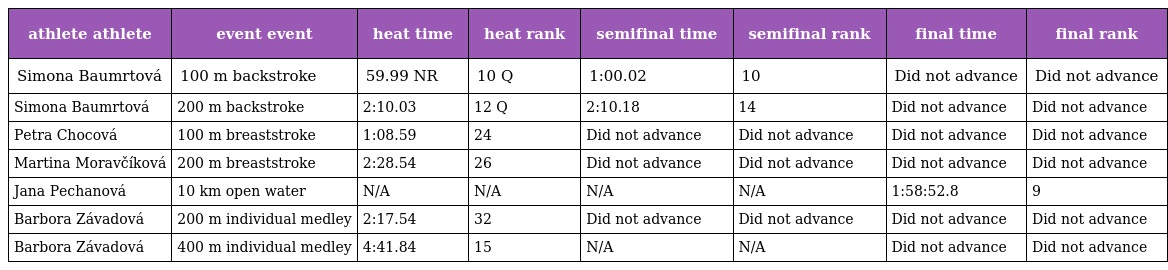
| athlete athlete | event event | heat time | heat rank | semifinal time | semifinal rank | final time | final rank |
 | --- | --- | --- | --- | --- | --- | --- | --- |
 | Simona Baumrtová | 100 m backstroke | 59.99 NR | 10 Q | 1:00.02 | 10 | Did not advance | Did not advance |
 | Simona Baumrtová | 200 m backstroke | 2:10.03 | 12 Q | 2:10.18 | 14 | Did not advance | Did not advance |
 | Petra Chocová | 100 m breaststroke | 1:08.59 | 24 | Did not advance | Did not advance | Did not advance | Did not advance |
 | Martina Moravčíková | 200 m breaststroke | 2:28.54 | 26 | Did not advance | Did not advance | Did not advance | Did not advance |
 | Jana Pechanová | 10 km open water | N/A | N/A | N/A | N/A | 1:58:52.8 | 9 |
 | Barbora Závadová | 200 m individual medley | 2:17.54 | 32 | Did not advance | Did not advance | Did not advance | Did not advance |
 | Barbora Závadová | 400 m individual medley | 4:41.84 | 15 | N/A | N/A | Did not advance | Did not advance |